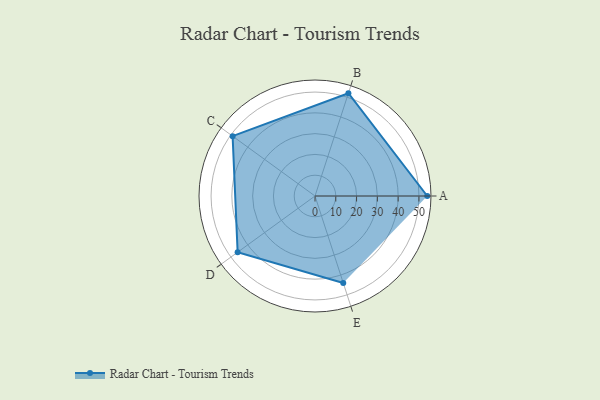
{"axis": {"x": "Skill", "y": "Score"}, "legend": ["Profile"], "data": [{"x": "A", "y": 54.0, "type": "Profile"}, {"x": "B", "y": 52.0, "type": "Profile"}, {"x": "C", "y": 49.0, "type": "Profile"}, {"x": "D", "y": 46.0, "type": "Profile"}, {"x": "E", "y": 44.0, "type": "Profile"}]}